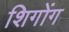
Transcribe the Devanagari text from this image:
शिगोंग